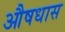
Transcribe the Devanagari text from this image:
औषधास